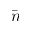
\bar { n }